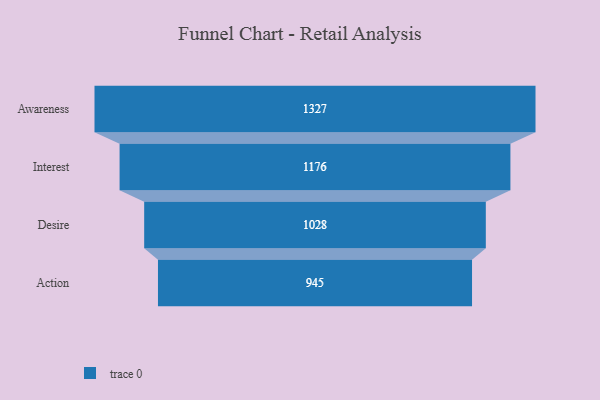
{"axis": {"x": "Stage", "y": "Value"}, "legend": [""], "data": [{"x": "Awareness", "y": 1327.0, "type": ""}, {"x": "Interest", "y": 1176.0, "type": ""}, {"x": "Desire", "y": 1028.0, "type": ""}, {"x": "Action", "y": 945.0, "type": ""}]}